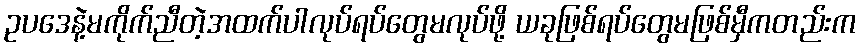
ဥပဒေနဲ့မကိုက်ညီတဲ့အထက်ပါလုပ်ရပ်တွေမလုပ်ဖို့ ယခုဖြစ်ရပ်တွေမဖြစ်မှီကတည်းက